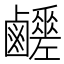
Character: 𪊈